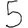
Digit: 5